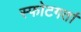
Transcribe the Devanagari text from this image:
स्फोटगर्ता